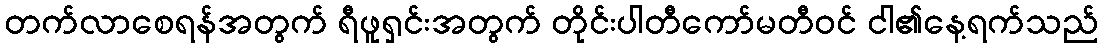
တက်လာစေရန်အတွက် ရီဖူရှင်းအတွက် တိုင်းပါတီကော်မတီဝင် ငါ၏နေ့ရက်သည်